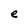
Character: e